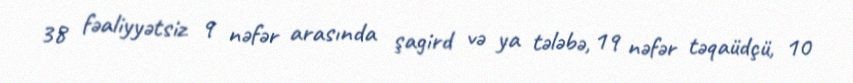
38 fəaliyyətsiz 9 nəfər arasında şagird və ya tələbə, 19 nəfər təqaüdçü, 10